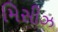
મિસીઝ